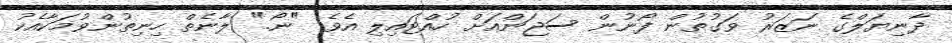
ދާނިޔަލްގެ ނަޒަރު ވަގުތުން ފޯނުން ސަޖަންއަށް ހުއްޓައިލި އެވެ. "ނޯ." ލާނެތް ހިނިތުންވުމަކާއެކު